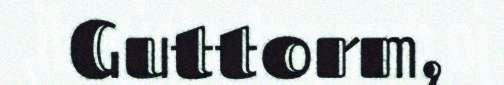
Guttorm,